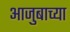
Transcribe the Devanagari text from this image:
आजुबाच्या